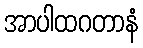
အာပါထဂတာနံ